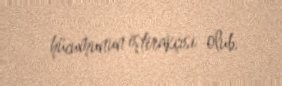
hücumunun iştirakçısı olub.